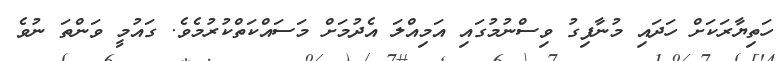
ހަތިޔާރަކަށް ހަދައި މުނާފިގު ވިސްނުމުގައި އަމިއްލަ އެދުމަށް މަސައްކަތްކުރުމެވެ. ގައުމީ ވަންތަ ނުވެ